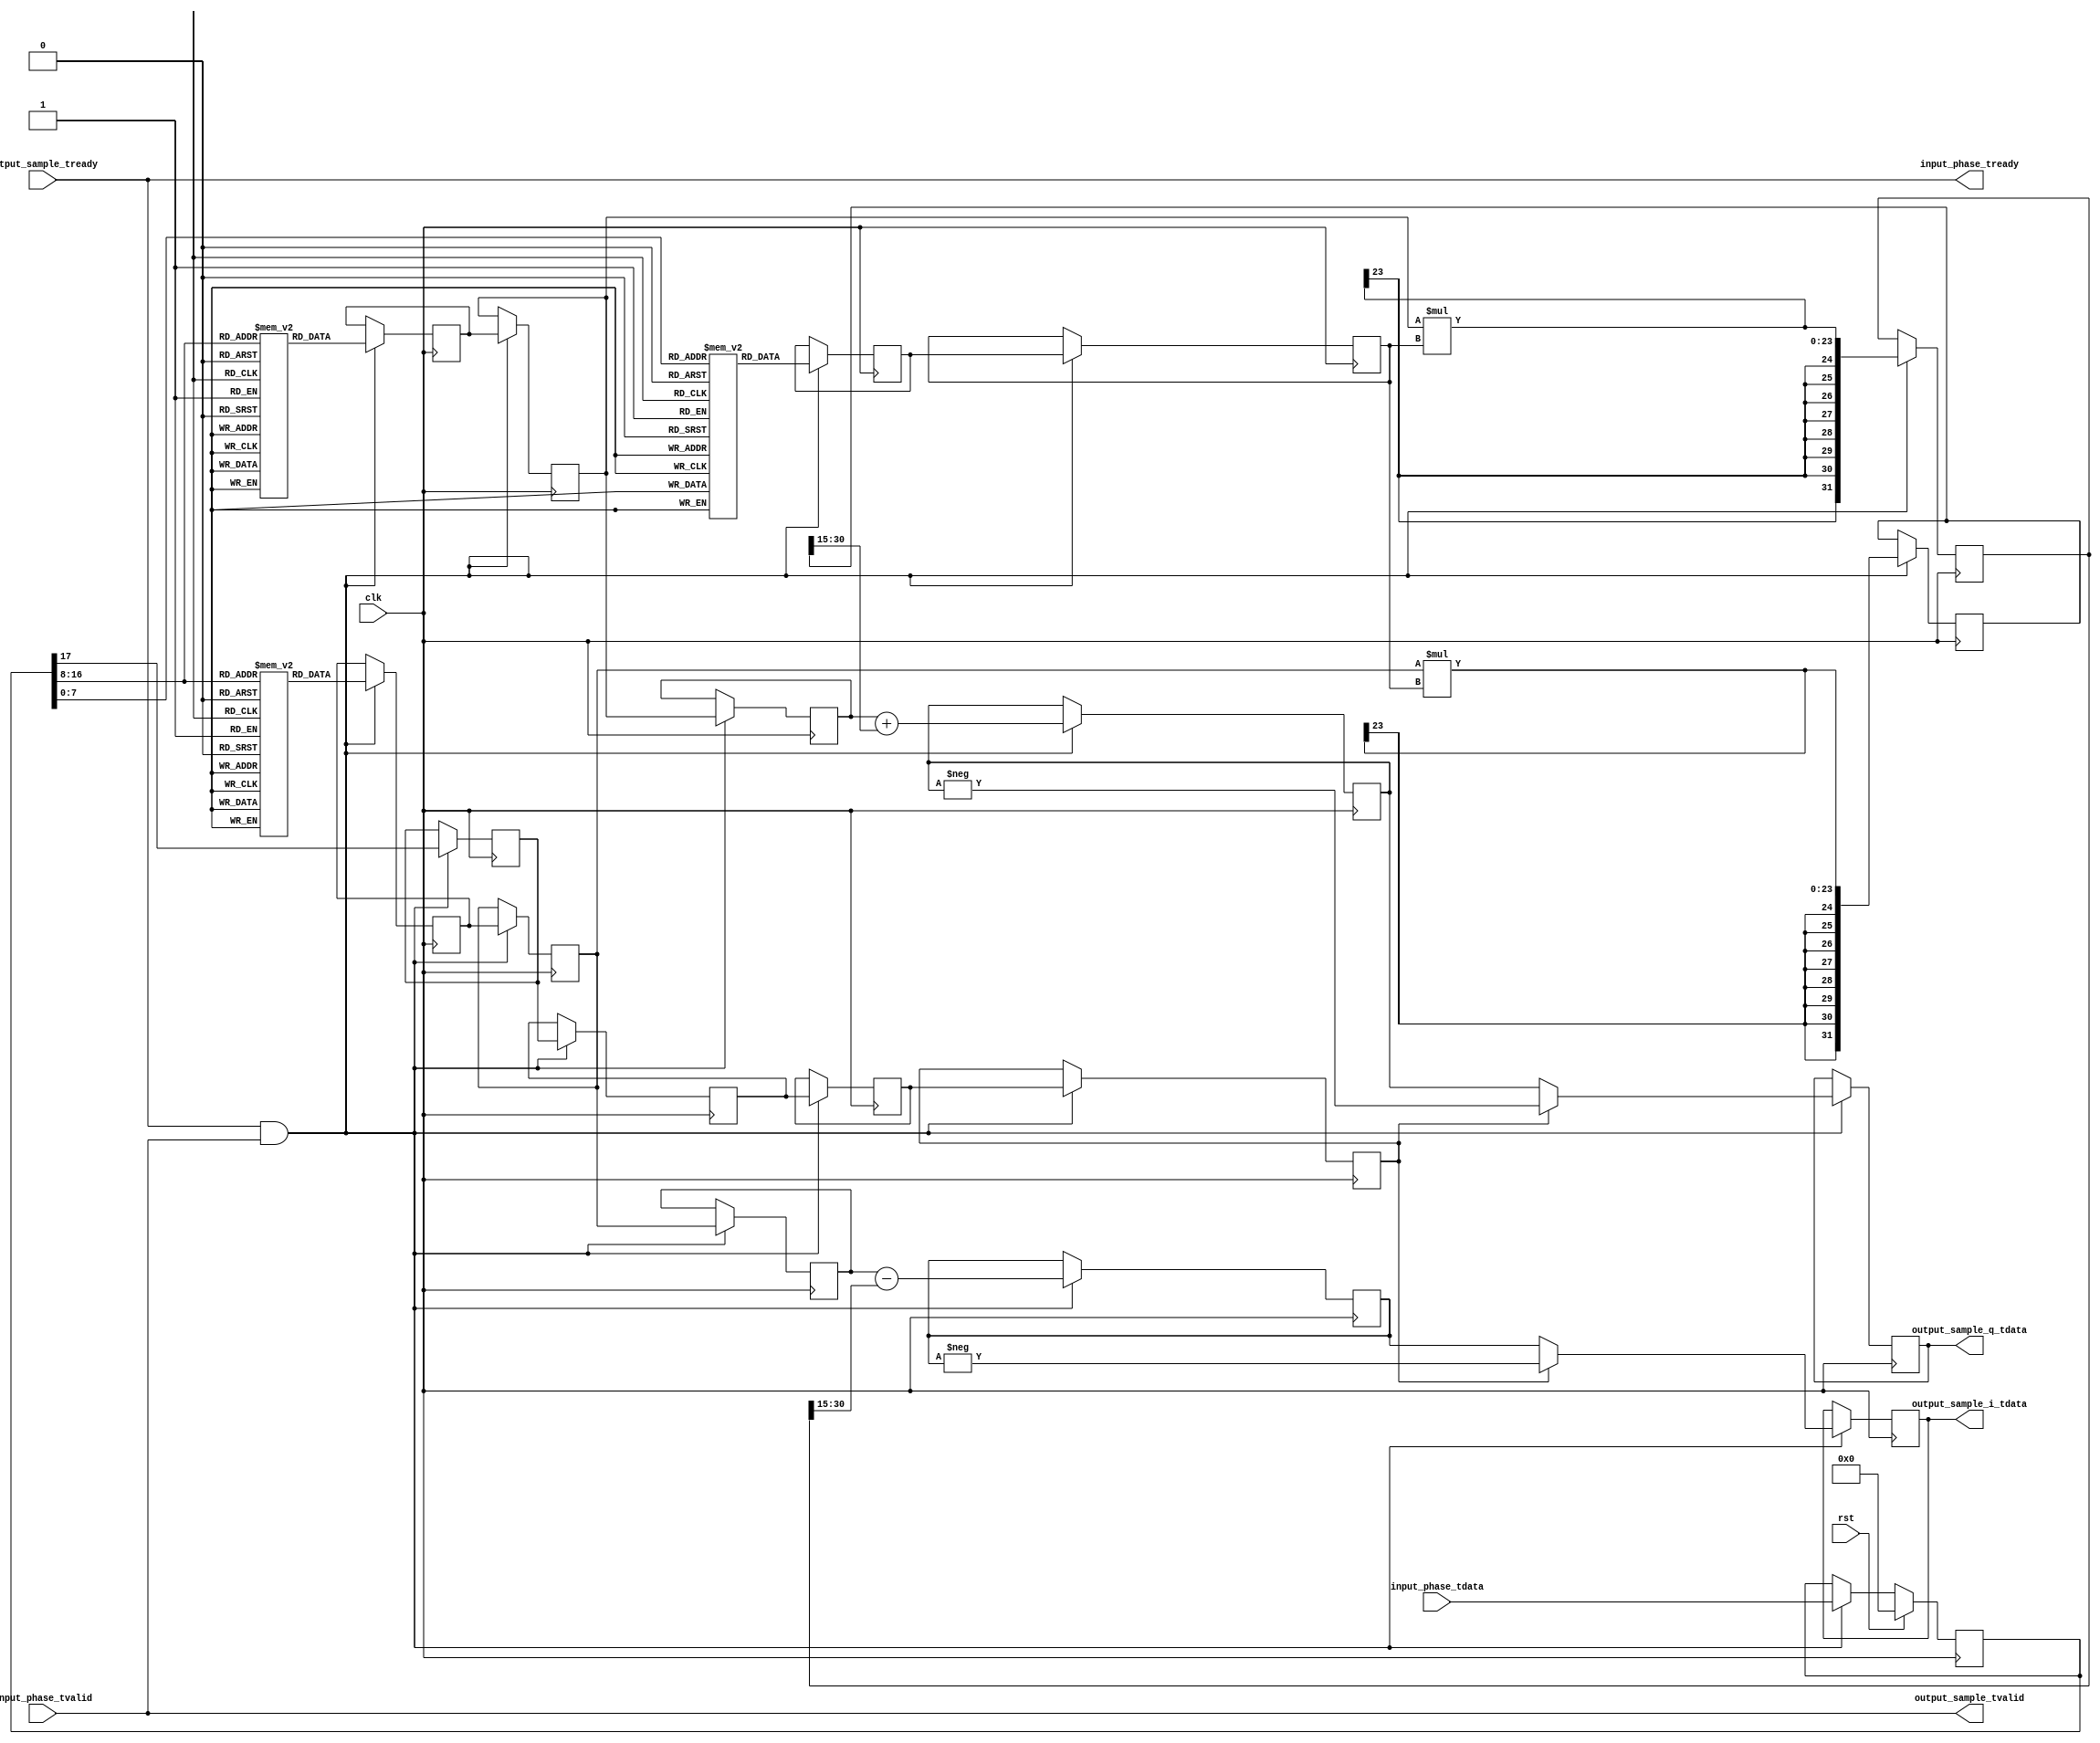
module sine_dds_lut #
(
    parameter OUTPUT_WIDTH = 16,
    parameter INPUT_WIDTH = OUTPUT_WIDTH+2
)
(
    input  wire                    clk,
    input  wire                    rst,

    /*
     * AXI stream phase input
     */
    input  wire [INPUT_WIDTH-1:0]  input_phase_tdata,
    input  wire                    input_phase_tvalid,
    output wire                    input_phase_tready,

    /*
     * AXI stream sample output
     */
    output wire [OUTPUT_WIDTH-1:0] output_sample_i_tdata,
    output wire [OUTPUT_WIDTH-1:0] output_sample_q_tdata,
    output wire                    output_sample_tvalid,
    input  wire                    output_sample_tready
);

localparam W = (INPUT_WIDTH-2)/2;

reg [INPUT_WIDTH-1:0] phase_reg = 0;

integer i;

// coarse sine and cosine LUTs
reg [OUTPUT_WIDTH-1:0] coarse_c_lut[2**(W+1)-1:0];
reg [OUTPUT_WIDTH-1:0] coarse_s_lut[2**(W+1)-1:0];

initial begin
    for (i = 0; i < 2**(W+1); i = i + 1) begin
        coarse_c_lut[i] = $cos(2*3.1415926535*i/2**(W+2))*(2**(OUTPUT_WIDTH-1)-1);
        coarse_s_lut[i] = $sin(2*3.1415926535*i/2**(W+2))*(2**(OUTPUT_WIDTH-1)-1);
    end
end

// fine sine LUT
reg [(OUTPUT_WIDTH/2)-1:0] fine_s_lut[2**W-1:0];

initial begin
    for (i = 0; i < 2**W; i = i + 1) begin
        fine_s_lut[i] = $sin(2*3.1415926535*(i-2**(W-1))/2**INPUT_WIDTH)*(2**(OUTPUT_WIDTH-1)-1);
    end
end

reg [OUTPUT_WIDTH-1:0] sample_i_reg = 0;
reg [OUTPUT_WIDTH-1:0] sample_q_reg = 0;

wire SIGN = phase_reg[INPUT_WIDTH-1];
wire SLOPE = phase_reg[INPUT_WIDTH-2];
wire [W:0] A = phase_reg[INPUT_WIDTH-2:W];
wire [W-1:0] B = phase_reg[W-1:0];

reg sign_reg_1 = 0;
reg sign_reg_2 = 0;
reg sign_reg_3 = 0;
reg sign_reg_4 = 0;

reg [OUTPUT_WIDTH-1:0] ccs_reg_1 = 0, ccs_reg_2 = 0, ccs_reg_3 = 0;
reg [OUTPUT_WIDTH-1:0] css_reg_1 = 0, css_reg_2 = 0, css_reg_3 = 0;
reg [(OUTPUT_WIDTH/2)-1:0] fss_reg_1 = 0, fss_reg_2 = 0;

reg [(OUTPUT_WIDTH*2)-1:0] cp_reg_1 = 0;
reg [(OUTPUT_WIDTH*2)-1:0] sp_reg_1 = 0;

reg [OUTPUT_WIDTH-1:0] cs_reg_1 = 0;
reg [OUTPUT_WIDTH-1:0] ss_reg_1 = 0;

assign input_phase_tready = output_sample_tready;
assign output_sample_i_tdata = sample_i_reg;
assign output_sample_q_tdata = sample_q_reg;
assign output_sample_tvalid = input_phase_tvalid;

always @(posedge clk) begin
    if (rst) begin
        phase_reg <= 0;
    end else begin
        if (input_phase_tready & input_phase_tvalid) begin
            phase_reg <= input_phase_tdata;
        end
    end

    if (input_phase_tready & input_phase_tvalid) begin
        // pipeline sits primarily in DSP slice
        // sin(A+B) = sin(A) + cos(A)*sin(B)
        // cos(A+B) = cos(A) - sin(A)*sin(B)
        
        // read samples
        sign_reg_1 <= SIGN;
        ccs_reg_1 <= coarse_c_lut[A];
        css_reg_1 <= coarse_s_lut[A];
        fss_reg_1 <= fine_s_lut[B];

        // pipeline
        sign_reg_2 <= sign_reg_1;
        ccs_reg_2 <= ccs_reg_1;
        css_reg_2 <= css_reg_1;
        fss_reg_2 <= fss_reg_1;

        // multiply
        sign_reg_3 <= sign_reg_2;
        ccs_reg_3 <= ccs_reg_2;
        css_reg_3 <= css_reg_2;
        cp_reg_1 <= $signed(css_reg_2) * $signed(fss_reg_2);
        sp_reg_1 <= $signed(ccs_reg_2) * $signed(fss_reg_2);

        // add
        sign_reg_4 <= sign_reg_3;
        cs_reg_1 <= ccs_reg_3 - (cp_reg_1 >> (OUTPUT_WIDTH-1));
        ss_reg_1 <= css_reg_3 + (sp_reg_1 >> (OUTPUT_WIDTH-1));

        // negate output samples
        sample_i_reg <= sign_reg_4 ? -cs_reg_1 : cs_reg_1;
        sample_q_reg <= sign_reg_4 ? -ss_reg_1 : ss_reg_1;
    end
end

endmodule